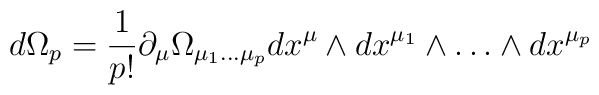
d\Omega _{p}=\frac{1}{p!}\partial _{\mu }\Omega _{\mu _{1}\dots \mu _{p}}dx^{\mu }\wedge dx^{\mu _{1}}\wedge \dots \wedge dx^{\mu _{p}}